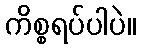
ကိစ္စရပ်ပါပဲ။